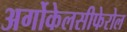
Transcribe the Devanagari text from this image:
अर्गोकेलसीफेरोल